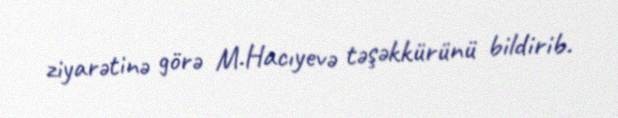
ziyarətinə görə M.Hacıyevə təşəkkürünü bildirib.